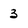
Character: 3